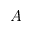
A